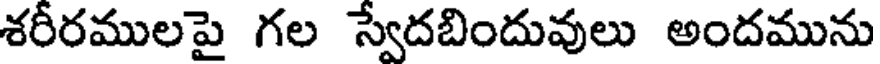
శరీరములపై గల స్వేదబిందువులు అందమును